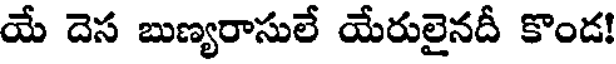
యే దెస బుణ్యరాసులే యేరులైనదీ కొండ!